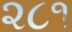
૨૮૧